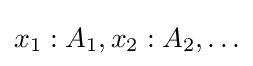
x_{1}:A_{1},x_{2}:A_{2},\ldots